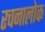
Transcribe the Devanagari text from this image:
रचनालोक